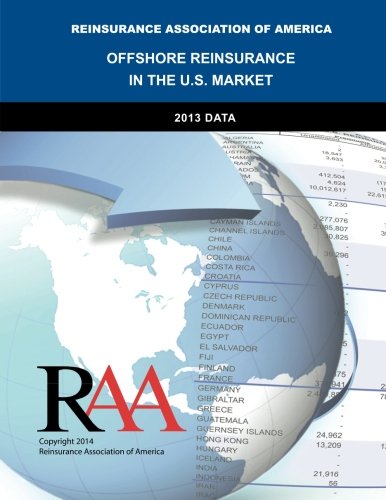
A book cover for Offshore Reinsurance in the U.S. Market - 2013 Data; Reinsurance Association of America; Business & Money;